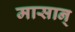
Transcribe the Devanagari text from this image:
मासान्